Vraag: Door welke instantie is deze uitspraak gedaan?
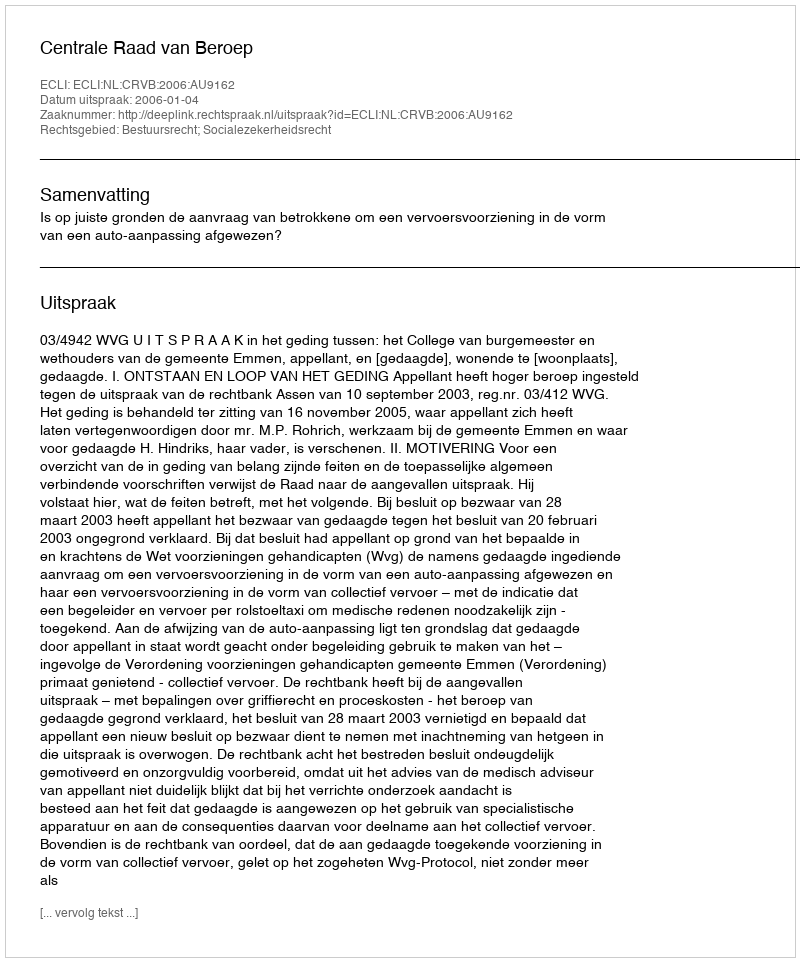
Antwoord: Centrale Raad van Beroep